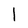
Character: 1